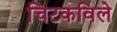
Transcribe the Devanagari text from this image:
चिटकविले